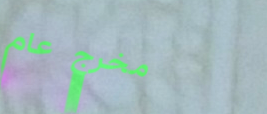
مخرج عام